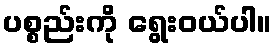
ပစ္စည်းကို ရွေးဝယ်ပါ။